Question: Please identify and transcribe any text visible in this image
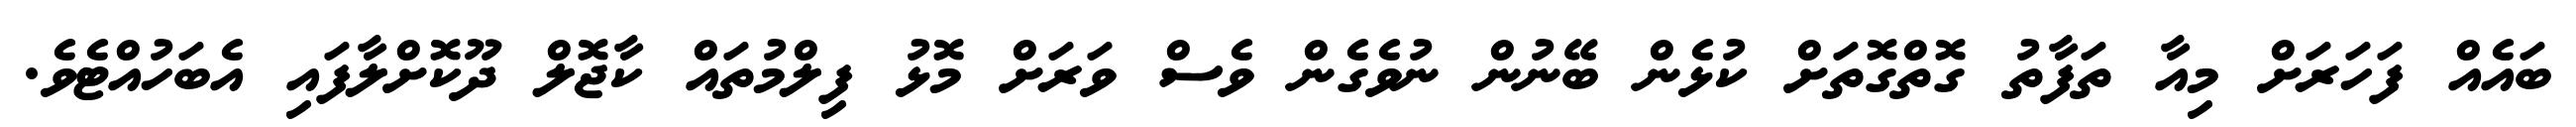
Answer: ބައެއް ފަހަރަށް މިއާ ތަފާތު ގޮތްގޮތަށް ކުޅެން ބޭނުން ނުވެގެން ވެސް ވަރަށް މޮޅު ފިލްމުތައް ކާޖޮލް ދޫކޮށްލާފައި އެބަހުއްޓެވެ.